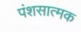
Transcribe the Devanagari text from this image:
पंशसात्मक